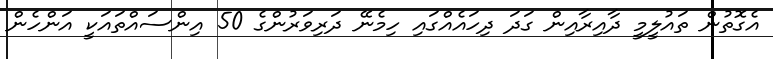
އެގޮތުން ތައުލީމީ ދާއިރާއިން ގަދަ ދިހައެއްގައި ހިމެނޭ ދަރިވަރުންގެ 50 އިންސައްތައަކީ އަންހެން